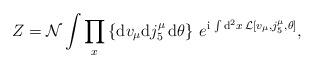
LaTeX: \begin{align*}Z = {\cal N} \int \prod_x \left\{ {\rm d}v_{\mu} {\rm d}j^{\mu}_5 \, {\rm d}\theta \right\} \, e^{{\rm i} \, \int {\rm d}^2x \, {\cal L}[v_{\mu},j^{\mu}_5,\theta]},\end{align*}